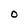
Character: O